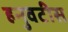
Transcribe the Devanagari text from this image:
हनुवटीस